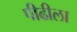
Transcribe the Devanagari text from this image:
पीढीला